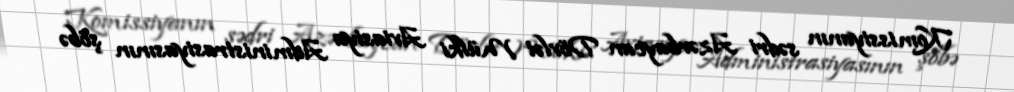
Komissiyanın sədri Azərbaycan Dövlət Mülki Aviasiya Administrasiyasının şöbə